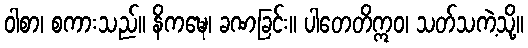
ဝါစာ၊ စကားသည်။ နိကဍ္ဎေ၊ ခဏခြင်း။ ပါတေတိဣဝ၊ သတ်သကဲ့သို့။